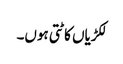
لکڑیاں کاٹتی ہوں۔